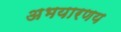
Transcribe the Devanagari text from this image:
अभयारणय